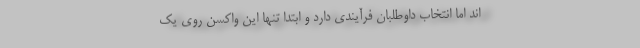
اند اما انتخاب داوطلبان فرآیندی دارد و ابتدا تنها این واکسن روی یک